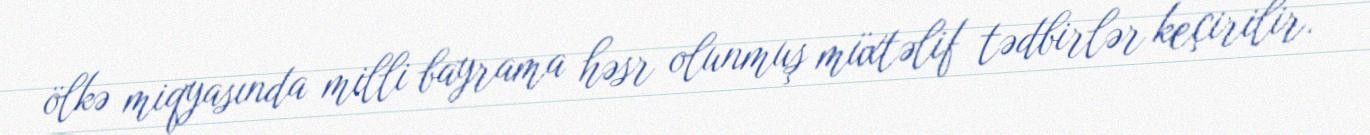
ölkə miqyasında milli bayrama həsr olunmuş müxtəlif tədbirlər keçirilir.